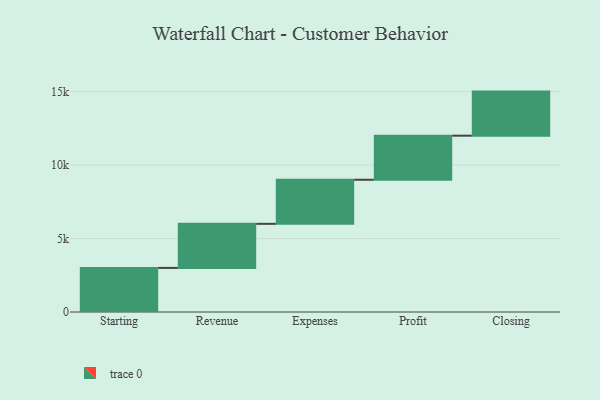
{"axis": {"x": "Step", "y": "Value"}, "legend": [""], "data": [{"x": "Starting", "y": 3000, "type": ""}, {"x": "Revenue", "y": 3000, "type": ""}, {"x": "Expenses", "y": 3000, "type": ""}, {"x": "Profit", "y": 3000, "type": ""}, {"x": "Closing", "y": 3000, "type": ""}]}